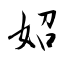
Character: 妱